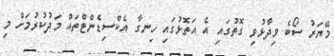
މޭޔަރު ސޯބެ ވިދާޅުވި ގޮތުގައި އެ އަތޮޅުގައި ހިނގާ އެކްސިޑެންޓްތައް މަދުކުރުމަށް މި